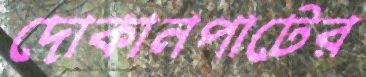
দোকানপাটের